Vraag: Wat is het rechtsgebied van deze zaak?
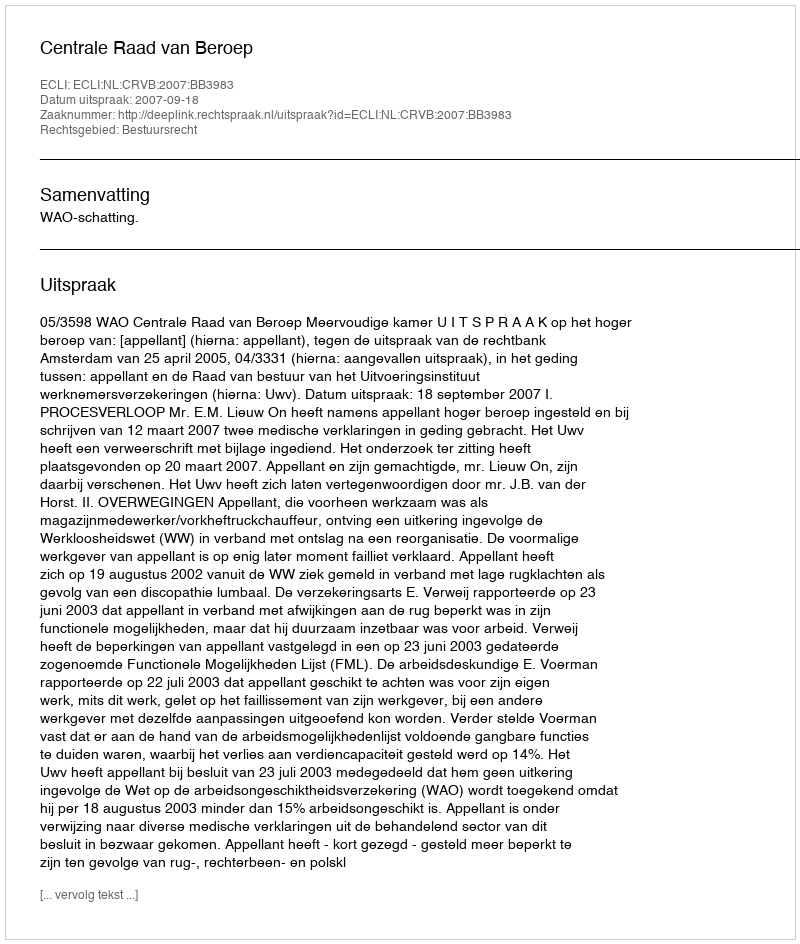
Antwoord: Bestuursrecht